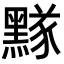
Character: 𪑫